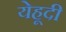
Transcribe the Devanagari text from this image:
येहूदी